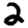
Digit: 2